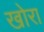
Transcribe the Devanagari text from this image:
खोरा